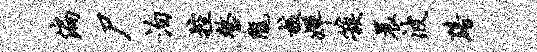
偏尸泊控整陇核婵簇晨波黯